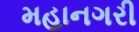
મહાનગરી